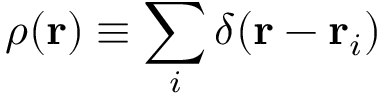
\rho ( \mathbf { r } ) \equiv \sum _ { i } \delta ( \mathbf { r } - \mathbf { r } _ { i } )